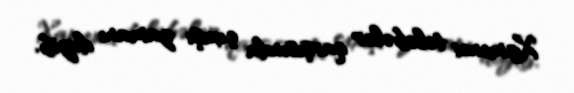
Xamenei tələbələr qarşısında çıxışı zamanı deyib.